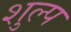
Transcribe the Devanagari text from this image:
शुल्प